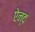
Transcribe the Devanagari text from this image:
ऐन्द